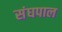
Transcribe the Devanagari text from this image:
संघपाल